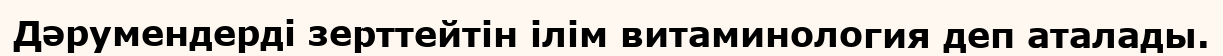
Дәрумендерді зерттейтін ілім витаминология деп аталады.